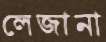
লেজানা